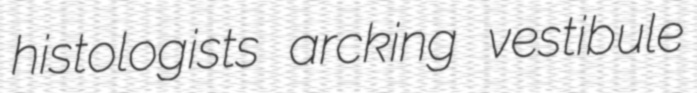
histologists arcking vestibule